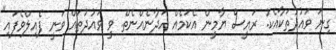
ގިނަ ވައުދުތަކާއެކު. ރައީސް ޔާމީން އެކަމެއް ހަދާނެއްނެތް. ވީ ވައުދުތައް ވަނީ ފެއިލްވެފައި"